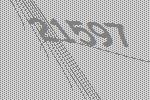
21597